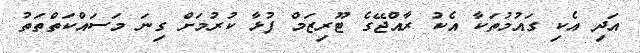
އަދި އެކި ގައުމުތަކާ އެކު ރާއްޖޭގެ ޓޫރިޒަމް ފުޅާ ކުރުމަށް ގިނަ މަސައްކަތްތަތު